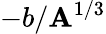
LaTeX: -b/\mathbf{A}^{1/3}